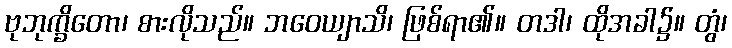
ဗုဘုက္ခိတော၊ စားလိုသည်။ ဘဝေယျာသိ၊ ဖြစ်ရာ၏။ တဒါ၊ ထိုအခါ၌။ တွံ၊